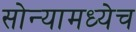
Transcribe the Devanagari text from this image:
सोन्यामध्येच